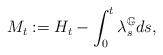
LaTeX: \begin{align*}M_t := H_t - \int_0^t \lambda_s^{\mathbb{G}} ds,\end{align*}